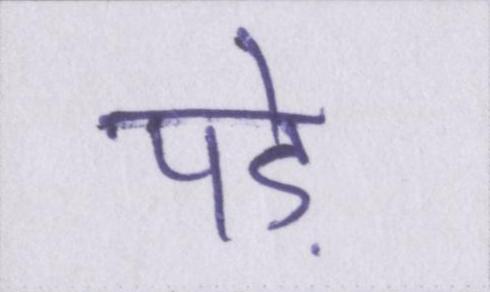
पड़े